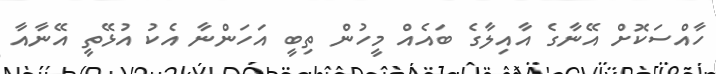
ހާއްސަކޮށް އޭނާގެ އާއިލާގެ ބައެއް މީހުން ތިބީ އަހަންނާ އެކު އުޅޭތީ އޭނާއާ